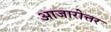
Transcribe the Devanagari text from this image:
आजारोत्तर